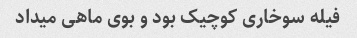
فیله سوخاری‌ کوچیک بود و بوی ماهی میداد